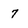
Character: 7